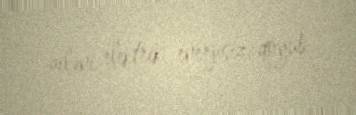
ailəni elektrik enerjisiz qoyub.